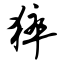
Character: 猝